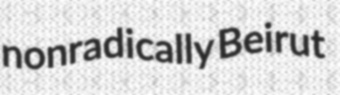
nonradically Beirut